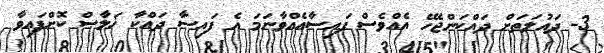
3- ދައުލަތަށް ދައްކަންޖެހޭ އެއްވެސް ފައިސާއެއްވާނަމަ އެ ފައިސާ ދައްކާ ޚަލާޞް ކޮށްފައިވާ